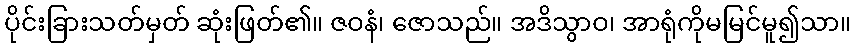
ပိုင်းခြားသတ်မှတ် ဆုံးဖြတ်၏။ ဇဝနံ၊ ဇောသည်။ အဒိသွာဝ၊ အာရုံကိုမမြင်မူ၍သာ။